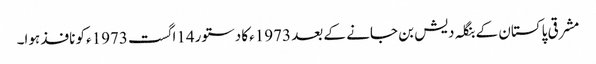
مشرقی پاکستان کے بنگلہ دیش بن جانے کے بعد 1973ءکا دستور14اگست 1973ءکو نافذ ہوا۔